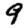
Digit: 9